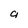
Character: a